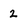
Character: 2